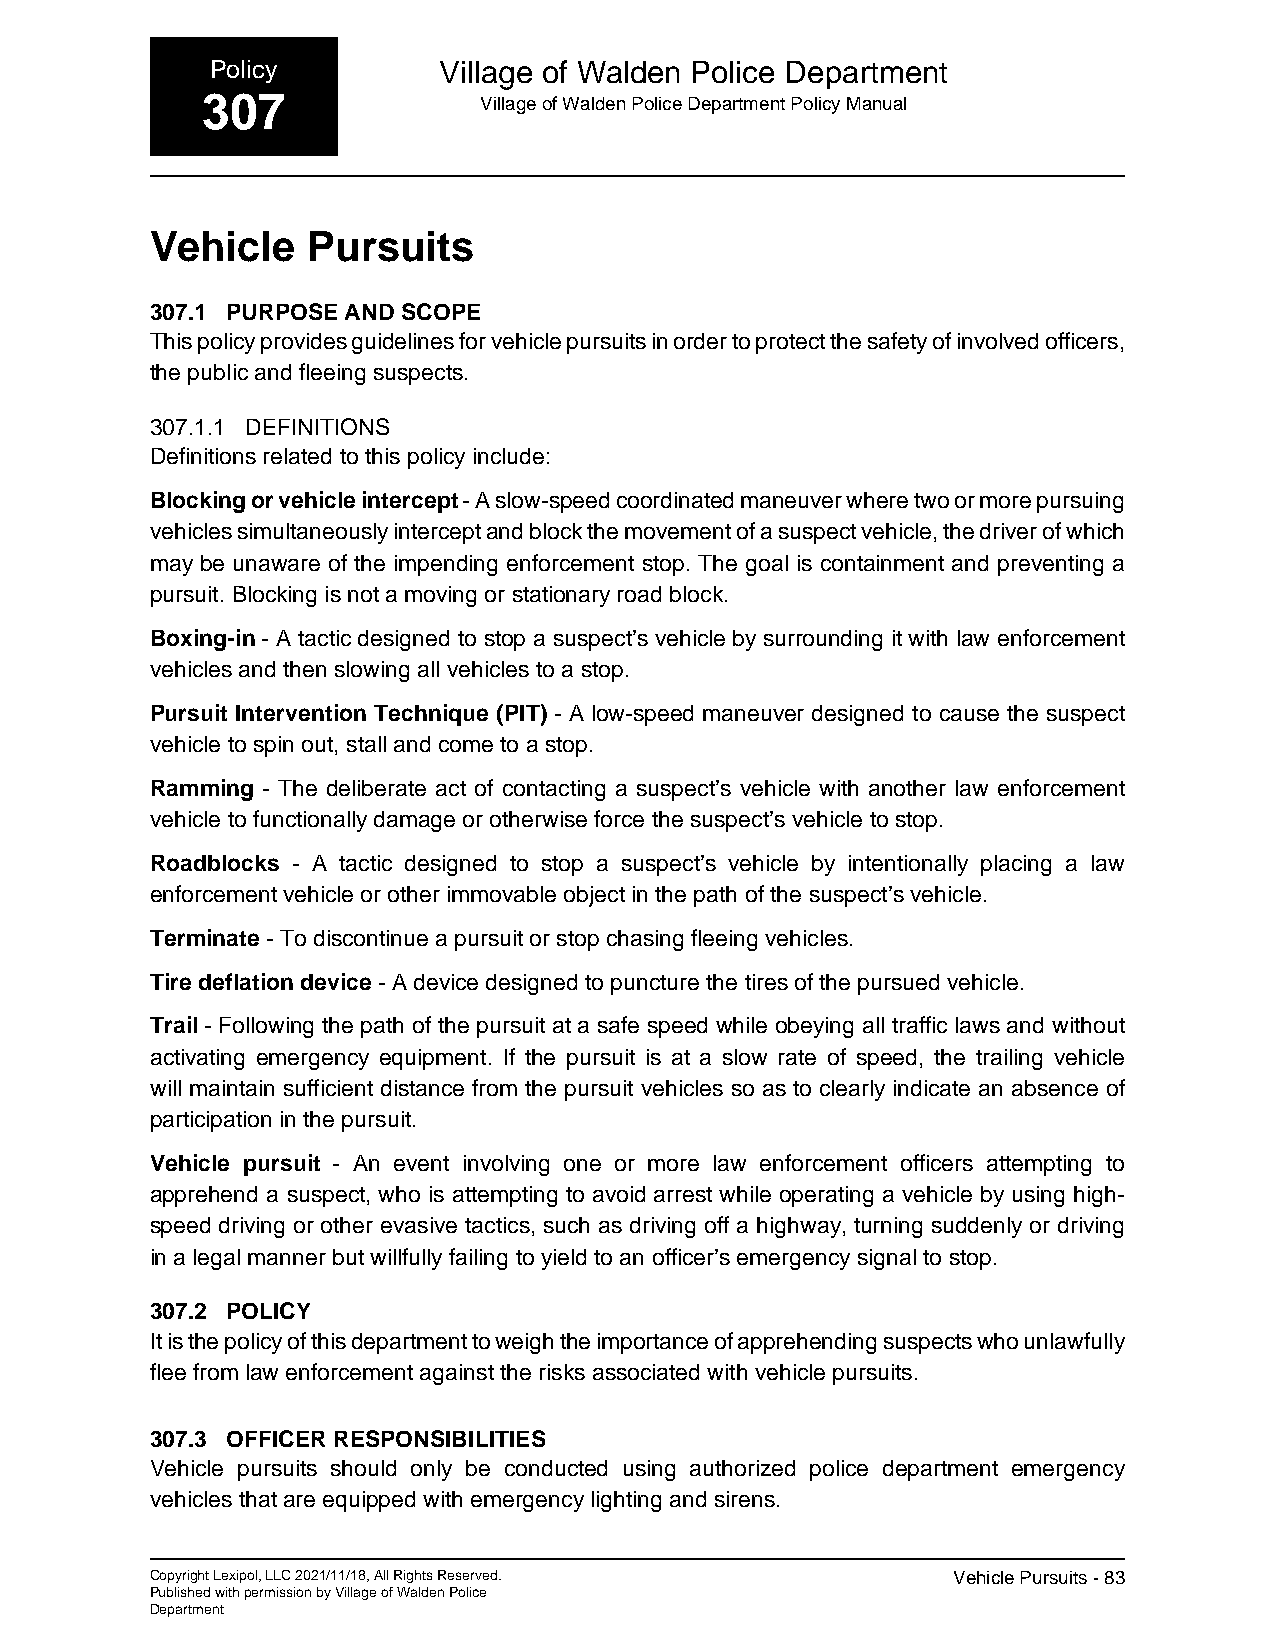
Policy         Village of Walden Police Department
 307                Village of Walden Police Department Policy Manual
 Vehicle   Pursuits
 307.1 PURPOSE AND SCOPE
 This policy provides guidelines for vehicle pursuits in order to protect the safety of involved officers,
 the public and fleeing suspects.
 307.1.1 DEFINITIONS
 Definitions related to this policy include:
 Blocking or vehicle intercept - A slow-speed coordinated maneuver where two or more pursuing
 vehicles simultaneously intercept and block the movement of a suspect vehicle, the driver of which
 may be unaware of the impending enforcement stop. The goal is containment and preventing a
 pursuit. Blocking is not a moving or stationary road block.
 Boxing-in - A tactic designed to stop a suspect’s vehicle by surrounding it with law enforcement
 vehicles and then slowing all vehicles to a stop.
 Pursuit Intervention Technique (PIT) - A low-speed maneuver designed to cause the suspect
 vehicle to spin out, stall and come to a stop.
 Ramming - The deliberate act of contacting a suspect’s vehicle with another law enforcement
 vehicle to functionally damage or otherwise force the suspect’s vehicle to stop.
 Roadblocks - A tactic designed to stop a suspect’s vehicle by intentionally placing a law
 enforcement vehicle or other immovable object in the path of the suspect’s vehicle.
 Terminate - To discontinue a pursuit or stop chasing fleeing vehicles.
 Tire deflation device - A device designed to puncture the tires of the pursued vehicle.
 Trail - Following the path of the pursuit at a safe speed while obeying all traffic laws and without
 activating emergency equipment. If the pursuit is at a slow rate of speed, the trailing vehicle
 will maintain sufficient distance from the pursuit vehicles so as to clearly indicate an absence of
 participation in the pursuit.
 Vehicle pursuit - An event involving one or more law enforcement officers attempting to
 apprehend a suspect, who is attempting to avoid arrest while operating a vehicle by using high-
 speed driving or other evasive tactics, such as driving off a highway, turning suddenly or driving
 in a legal manner but willfully failing to yield to an officer’s emergency signal to stop.
 307.2 POLICY
 It is the policy of this department to weigh the importance of apprehending suspects who unlawfully
 flee from law enforcement against the risks associated with vehicle pursuits.
 307.3 OFFICER RESPONSIBILITIES
 Vehicle pursuits should only be conducted using authorized police department emergency
 vehicles that are equipped with emergency lighting and sirens.
 Copyright Lexipol, LLC 2021/11/18, All Rights Reserved. Vehicle Pursuits - 83
 Published with permission by Village of Walden Police
 Department